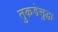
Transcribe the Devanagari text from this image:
तुकडेसुद्धा